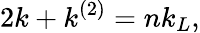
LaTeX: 2k+k^{\left(2\right)}=nk_{L},